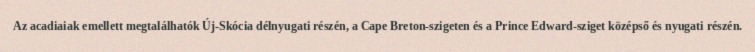
Az acadiaiak emellett megtalálhatók Új-Skócia délnyugati részén, a Cape Breton-szigeten és a Prince Edward-sziget középső és nyugati részén.